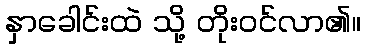
နှာခေါင်းထဲ သို့ တိုးဝင်လာ၏။